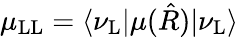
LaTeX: \mu_{\mathrm{L}\mathrm{L}}=\langle\nu_{\mathrm{L}}|\mu(\hat{R})|\nu_{\mathrm{L}}\rangle